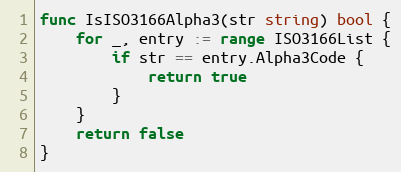
Language: Go
func IsISO3166Alpha3(str string) bool {
	for _, entry := range ISO3166List {
		if str == entry.Alpha3Code {
			return true
		}
	}
	return false
}